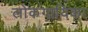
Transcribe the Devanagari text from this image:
लोकगायिका